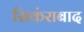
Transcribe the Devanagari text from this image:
सिकंराबाद